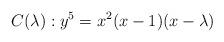
LaTeX: \begin{align*}C(\lambda ): y^5=x^2(x-1)(x-\lambda)\end{align*}